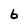
Character: 6